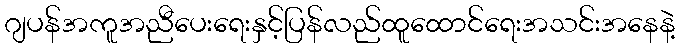
ဂျပန်အကူအညီပေးရေးနှင့်ပြန်လည်ထူထောင်ရေးအသင်းအနေနဲ့